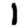
Digit: 1